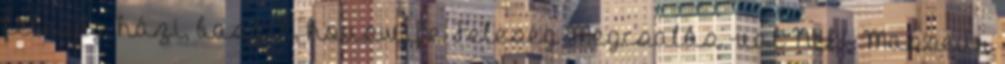
feleség, házi, baszik, houswife Feleség Megcsalás -val Neki Masseur